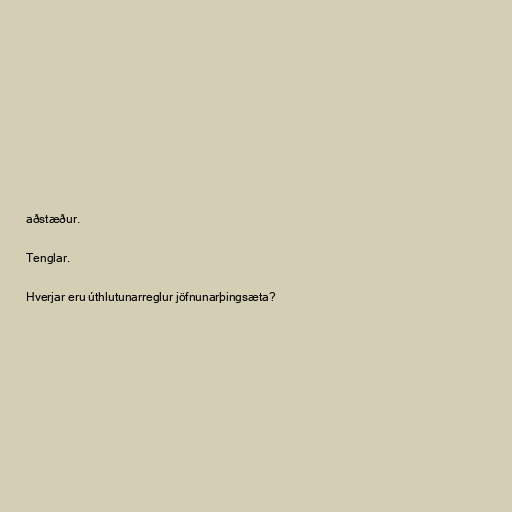
aðstæður.

Tenglar.

Hverjar eru úthlutunarreglur jöfnunarþingsæta?